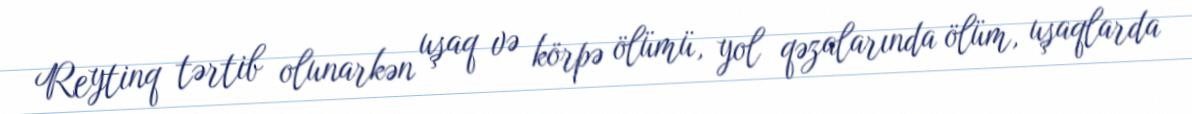
Reytinq tərtib olunarkən uşaq və körpə ölümü, yol qəzalarında ölüm, uşaqlarda